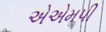
એએમપી